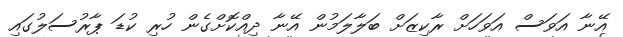
އޭނާ އަވަސް އަވަހަށް ރާކިޒަށް ބަލާލަމުން އޭނާ ދިއްކޮށްގެން ހުރި ކުޑަ ޕާރުސަލުގައި